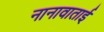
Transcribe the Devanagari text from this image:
नानावाताई